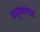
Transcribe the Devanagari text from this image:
बाह्यजगत